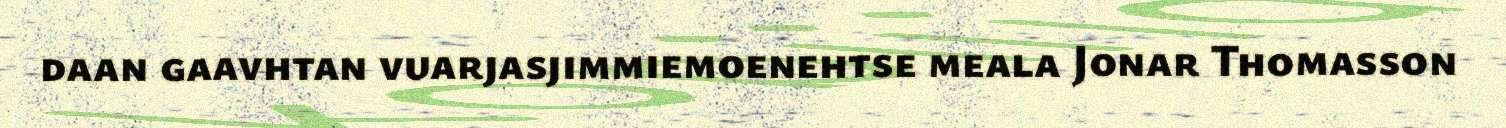
daan gaavhtan vuarjasjimmiemoenehtse meala Jonar Thomasson